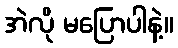
အဲလို မပြောပါနဲ့။